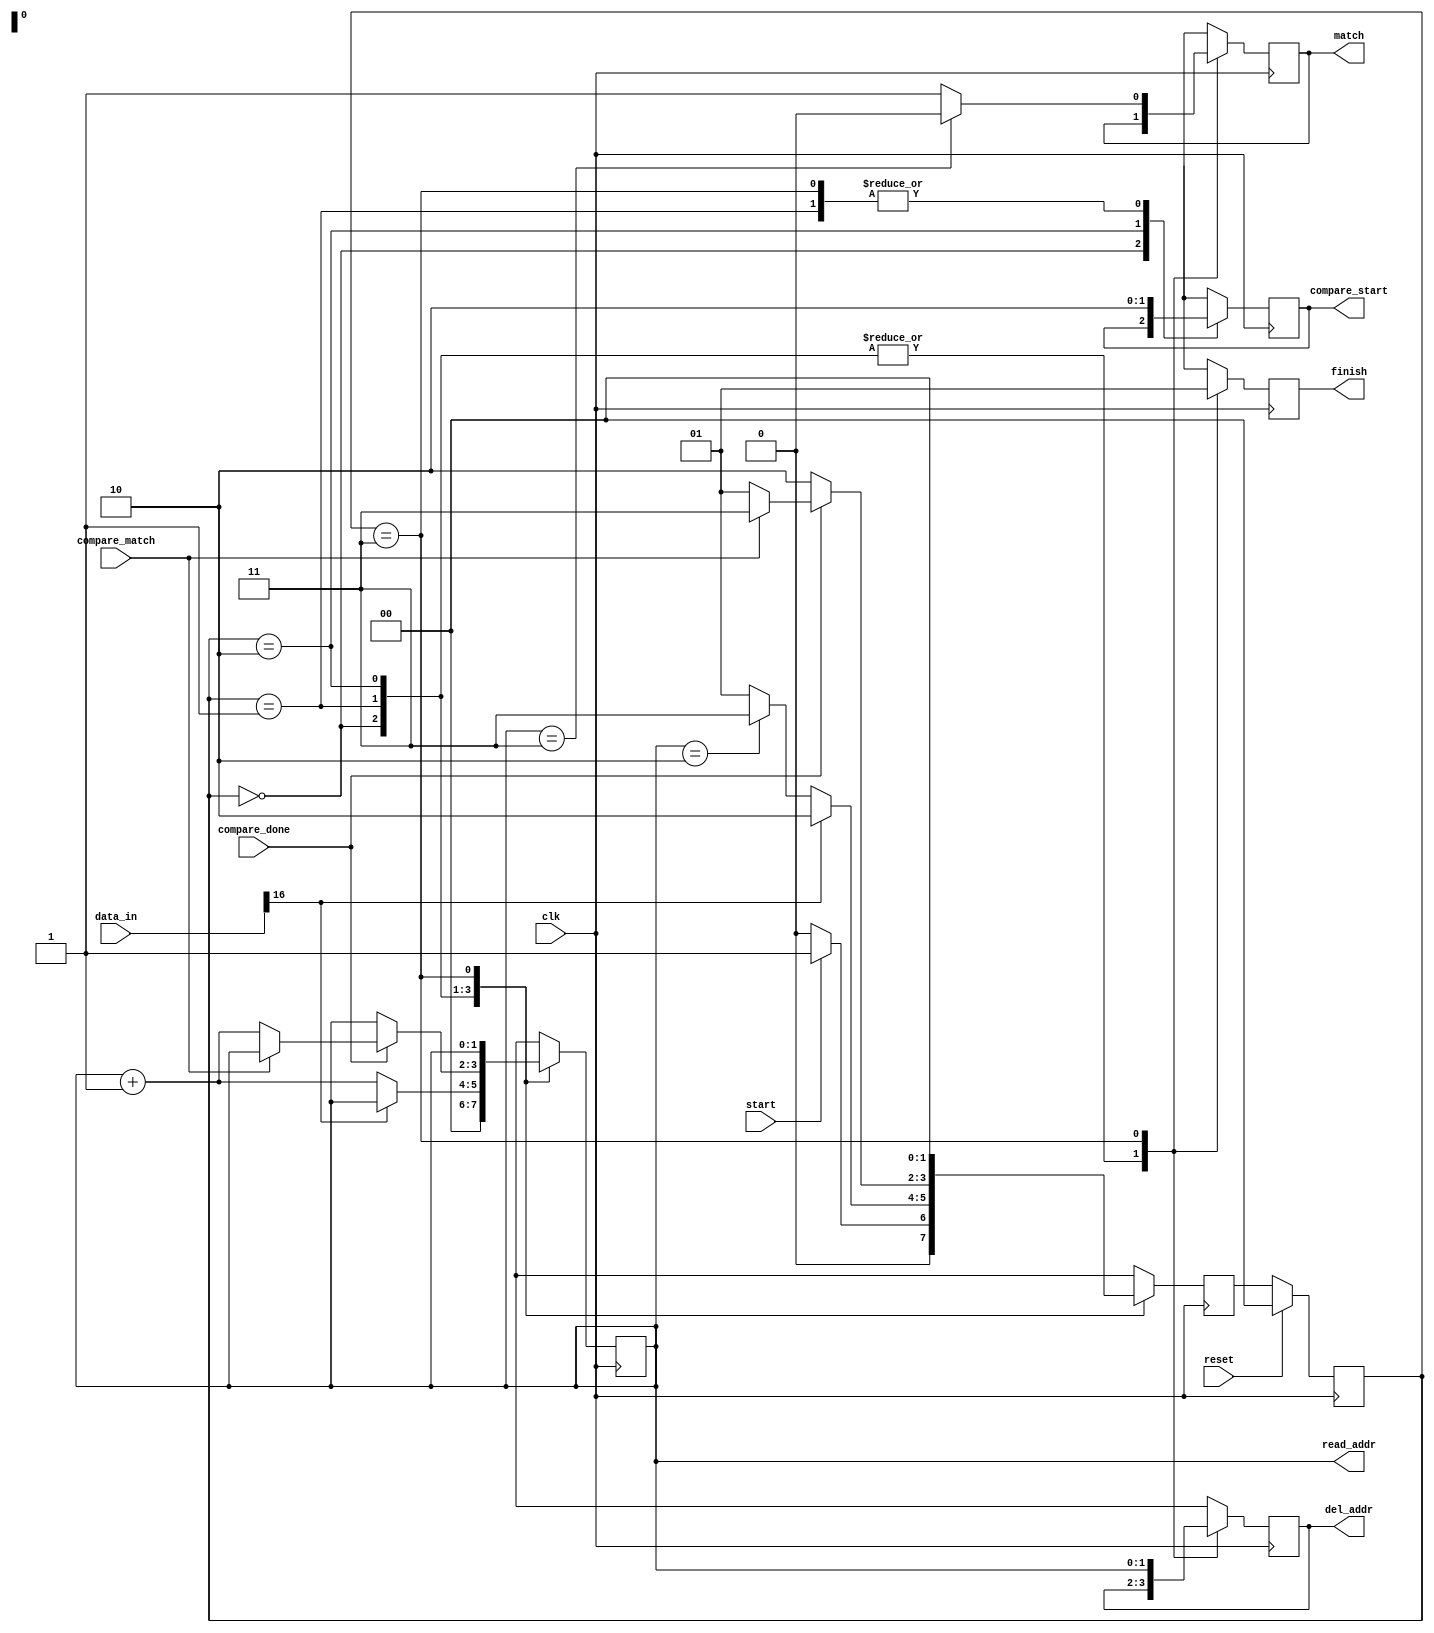
module comparator (

	input clk,
	input start,
	input reset,
	input [16:0]data_in,
	input compare_done, compare_match,		//result from pwChecker

	output reg [1:0]read_addr,
	output reg [1:0]del_addr,
	output reg compare_start,				//signal telling pwCheck to compare
	output reg finish,
	output reg match						//signal telling RF to delete
);

	parameter START = 2'd0,					//2 bits to represent 4 states
			  LOOP = 2'd1,
			  COMPARE = 2'd2,
			  DONE = 2'd3;

	reg [1:0]current_state;
	reg [1:0]next_state;


	always @(posedge clk) begin
		if(reset)
			current_state <= 0;
		else
			current_state <= next_state;
	end


	always @(negedge clk) begin				//negedge
		case(current_state)
		START: begin
		       finish = 0;
			   read_addr = 0;
			   next_state = (start) ? LOOP : START;
			   end

		LOOP: begin
		      finish = 0;
		      compare_start = 0;
			  if (data_in[16])
			  	next_state = COMPARE;
			  else begin
			  	next_state = (read_addr == 2) ? DONE : LOOP;
			  	read_addr = read_addr + 1;
			  end			  	
			  end

		COMPARE: begin
		         finish = 0;
				 compare_start = 1;
				 if (!compare_done)
				 	next_state = COMPARE;
				 else if (compare_match)
				 	next_state = DONE;
				 else begin
				 	read_addr = read_addr + 1;
				 	next_state = LOOP;
				 end
				 end

		DONE: begin
			  next_state = START;
			  compare_start = 0;			//stop comparing
			  finish = 1;
			  del_addr = read_addr;
			  if (read_addr == 3)
			  	match = 0;
			  else
			  	match = 1;
			  end

		default: next_state = START;
		endcase
	end

endmodule